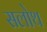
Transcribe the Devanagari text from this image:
सलोथ